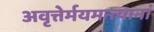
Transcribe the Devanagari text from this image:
अवृत्तेर्मयमन्त्यानां